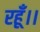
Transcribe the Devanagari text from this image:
रहूँ।।